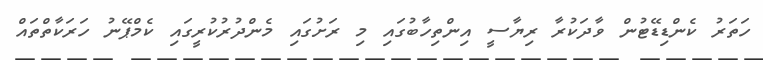
ހަތަރު ކެންޑިޑޭޓުން ވާދަކުރާ ރިޔާސީ އިންތިހާބުގައި މި ރަށުގައި މެންދުރުކުރީގައި ކެމްޕޭނު ހަރަކާތްތައް